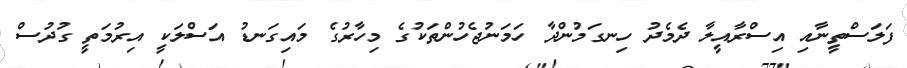
ފަލަސްތީނާއި އިސްރާއީލާ ދެމެދު ހިނގަމުންދާ ހަމަނުޖެހުންތަކުގެ މިހާރުގެ މައިގަނޑު އަސްލަކީ އިރުމަތީ ގުދުސް